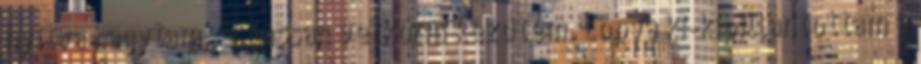
nyitva hagytam, és lassan vetkőzni kezdtem. Lopva ki-kipillantottam a